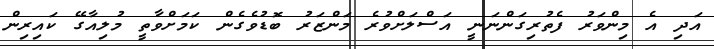
އަދި އެ މިންވަރު ފެތުރިގަންނަނީ އަސްލަށްވުރެ މަންޒަރު ބޮޑުވެގެން ކަމަށްވާތީ މުލިއާގޭ ކައިރިން